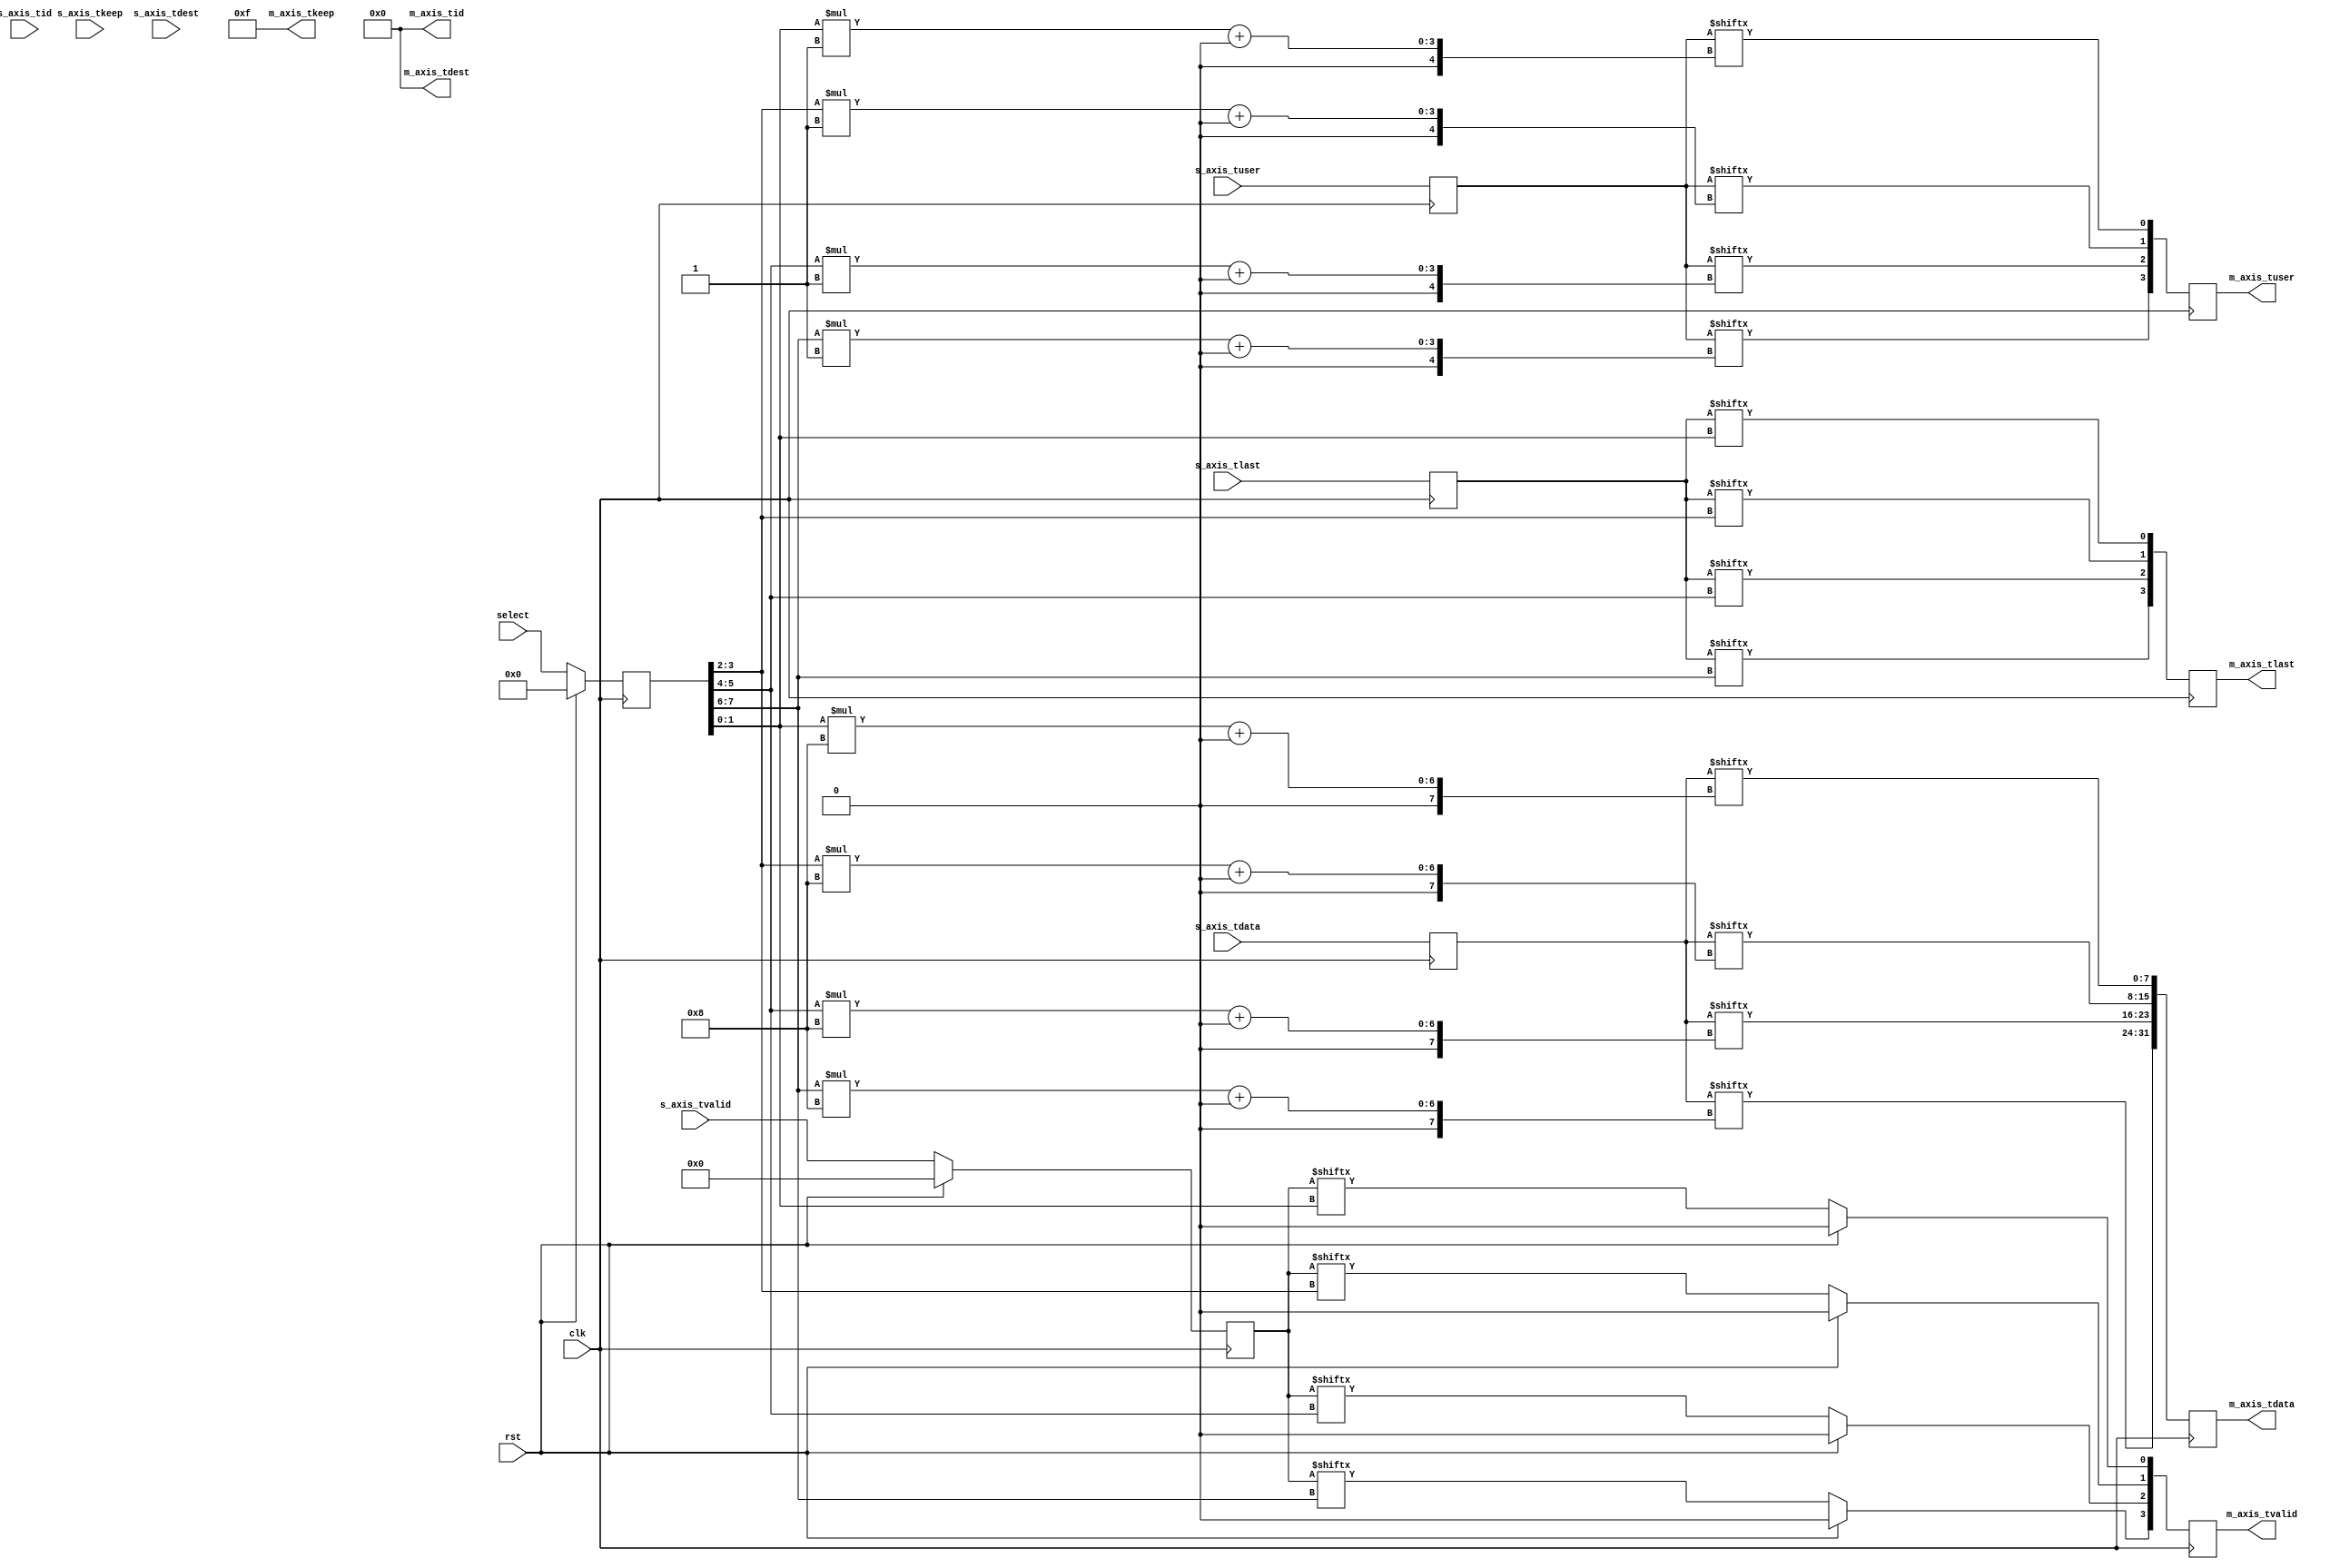
module axis_crosspoint #
(
    // Number of AXI stream inputs
    parameter S_COUNT = 4,
    // Number of AXI stream outputs
    parameter M_COUNT = 4,
    // Width of AXI stream interfaces in bits
    parameter DATA_WIDTH = 8,
    // Propagate tkeep signal
    parameter KEEP_ENABLE = (DATA_WIDTH>8),
    // tkeep signal width (words per cycle)
    parameter KEEP_WIDTH = (DATA_WIDTH/8),
    // Propagate tlast signal
    parameter LAST_ENABLE = 1,
    // Propagate tid signal
    parameter ID_ENABLE = 0,
    // tid signal width
    parameter ID_WIDTH = 8,
    // Propagate tdest signal
    parameter DEST_ENABLE = 0,
    // tdest signal width
    parameter DEST_WIDTH = 8,
    // Propagate tuser signal
    parameter USER_ENABLE = 1,
    // tuser signal width
    parameter USER_WIDTH = 1
)
(
    input  wire                               clk,
    input  wire                               rst,

    /*
     * AXI Stream inputs
     */
    input  wire [S_COUNT*DATA_WIDTH-1:0]      s_axis_tdata,
    input  wire [S_COUNT*KEEP_WIDTH-1:0]      s_axis_tkeep,
    input  wire [S_COUNT-1:0]                 s_axis_tvalid,
    input  wire [S_COUNT-1:0]                 s_axis_tlast,
    input  wire [S_COUNT*ID_WIDTH-1:0]        s_axis_tid,
    input  wire [S_COUNT*DEST_WIDTH-1:0]      s_axis_tdest,
    input  wire [S_COUNT*USER_WIDTH-1:0]      s_axis_tuser,

    /*
     * AXI Stream outputs
     */
    output wire [M_COUNT*DATA_WIDTH-1:0]      m_axis_tdata,
    output wire [M_COUNT*KEEP_WIDTH-1:0]      m_axis_tkeep,
    output wire [M_COUNT-1:0]                 m_axis_tvalid,
    output wire [M_COUNT-1:0]                 m_axis_tlast,
    output wire [M_COUNT*ID_WIDTH-1:0]        m_axis_tid,
    output wire [M_COUNT*DEST_WIDTH-1:0]      m_axis_tdest,
    output wire [M_COUNT*USER_WIDTH-1:0]      m_axis_tuser,

    /*
     * Control
     */
    input  wire [M_COUNT*$clog2(S_COUNT)-1:0] select
);

parameter CL_S_COUNT = $clog2(S_COUNT);

reg [S_COUNT*DATA_WIDTH-1:0] s_axis_tdata_reg = {S_COUNT*DATA_WIDTH{1'b0}};
reg [S_COUNT*KEEP_WIDTH-1:0] s_axis_tkeep_reg = {S_COUNT*KEEP_WIDTH{1'b0}};
reg [S_COUNT-1:0]            s_axis_tvalid_reg = {S_COUNT{1'b0}};
reg [S_COUNT-1:0]            s_axis_tlast_reg = {S_COUNT{1'b0}};
reg [S_COUNT*ID_WIDTH-1:0]   s_axis_tid_reg = {S_COUNT*ID_WIDTH{1'b0}};
reg [S_COUNT*DEST_WIDTH-1:0] s_axis_tdest_reg = {S_COUNT*DEST_WIDTH{1'b0}};
reg [S_COUNT*USER_WIDTH-1:0] s_axis_tuser_reg = {S_COUNT*USER_WIDTH{1'b0}};

reg [M_COUNT*DATA_WIDTH-1:0] m_axis_tdata_reg = {M_COUNT*DATA_WIDTH{1'b0}};
reg [M_COUNT*KEEP_WIDTH-1:0] m_axis_tkeep_reg = {M_COUNT*KEEP_WIDTH{1'b0}};
reg [M_COUNT-1:0]            m_axis_tvalid_reg = {M_COUNT{1'b0}};
reg [M_COUNT-1:0]            m_axis_tlast_reg = {M_COUNT{1'b0}};
reg [M_COUNT*ID_WIDTH-1:0]   m_axis_tid_reg = {M_COUNT*ID_WIDTH{1'b0}};
reg [M_COUNT*DEST_WIDTH-1:0] m_axis_tdest_reg = {M_COUNT*DEST_WIDTH{1'b0}};
reg [M_COUNT*USER_WIDTH-1:0] m_axis_tuser_reg = {M_COUNT*USER_WIDTH{1'b0}};

reg [M_COUNT*CL_S_COUNT-1:0] select_reg = {M_COUNT*CL_S_COUNT{1'b0}};

assign m_axis_tdata  = m_axis_tdata_reg;
assign m_axis_tkeep  = KEEP_ENABLE ? m_axis_tkeep_reg : {M_COUNT*KEEP_WIDTH{1'b1}};
assign m_axis_tvalid = m_axis_tvalid_reg;
assign m_axis_tlast  = LAST_ENABLE ? m_axis_tlast_reg : {M_COUNT{1'b1}};
assign m_axis_tid    = ID_ENABLE   ? m_axis_tid_reg   : {M_COUNT*ID_WIDTH{1'b0}};
assign m_axis_tdest  = DEST_ENABLE ? m_axis_tdest_reg : {M_COUNT*DEST_WIDTH{1'b0}};
assign m_axis_tuser  = USER_ENABLE ? m_axis_tuser_reg : {M_COUNT*USER_WIDTH{1'b0}};

integer i;

always @(posedge clk) begin
    if (rst) begin
        s_axis_tvalid_reg <= {S_COUNT{1'b0}};
        m_axis_tvalid_reg <= {S_COUNT{1'b0}};
        select_reg <= {M_COUNT*CL_S_COUNT{1'b0}};
    end else begin
        s_axis_tvalid_reg <= s_axis_tvalid;
        for (i = 0; i < M_COUNT; i = i + 1) begin
            m_axis_tvalid_reg[i] <= s_axis_tvalid_reg[select_reg[i*CL_S_COUNT +: CL_S_COUNT]];
        end
        select_reg <= select;
    end

    s_axis_tdata_reg <= s_axis_tdata;
    s_axis_tkeep_reg <= s_axis_tkeep;
    s_axis_tlast_reg <= s_axis_tlast;
    s_axis_tid_reg   <= s_axis_tid;
    s_axis_tdest_reg <= s_axis_tdest;
    s_axis_tuser_reg <= s_axis_tuser;

    for (i = 0; i < M_COUNT; i = i + 1) begin
        m_axis_tdata_reg[i*DATA_WIDTH +: DATA_WIDTH] <= s_axis_tdata_reg[select_reg[i*CL_S_COUNT +: CL_S_COUNT]*DATA_WIDTH +: DATA_WIDTH];
        m_axis_tkeep_reg[i*KEEP_WIDTH +: KEEP_WIDTH] <= s_axis_tkeep_reg[select_reg[i*CL_S_COUNT +: CL_S_COUNT]*KEEP_WIDTH +: KEEP_WIDTH];
        m_axis_tlast_reg[i]                          <= s_axis_tlast_reg[select_reg[i*CL_S_COUNT +: CL_S_COUNT]];
        m_axis_tid_reg[i*ID_WIDTH +: ID_WIDTH]       <= s_axis_tid_reg[select_reg[i*CL_S_COUNT +: CL_S_COUNT]*ID_WIDTH +: ID_WIDTH];
        m_axis_tdest_reg[i*DEST_WIDTH +: DEST_WIDTH] <= s_axis_tdest_reg[select_reg[i*CL_S_COUNT +: CL_S_COUNT]*DEST_WIDTH +: DEST_WIDTH];
        m_axis_tuser_reg[i*USER_WIDTH +: USER_WIDTH] <= s_axis_tuser_reg[select_reg[i*CL_S_COUNT +: CL_S_COUNT]*USER_WIDTH +: USER_WIDTH];
    end
end

endmodule